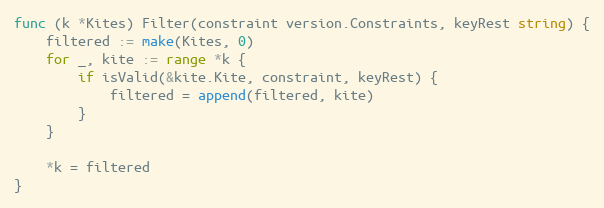
Language: Go
func (k *Kites) Filter(constraint version.Constraints, keyRest string) {
	filtered := make(Kites, 0)
	for _, kite := range *k {
		if isValid(&kite.Kite, constraint, keyRest) {
			filtered = append(filtered, kite)
		}
	}

	*k = filtered
}